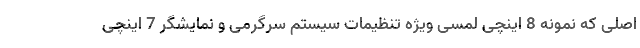
اصلی که نمونه 8 اینچی لمسی ویژه تنظیمات سیستم سرگرمی و نمایشگر 7 اینچی